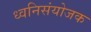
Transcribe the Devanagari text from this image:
ध्वनिसंयोजक